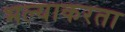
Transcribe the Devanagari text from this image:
भल्याकरता